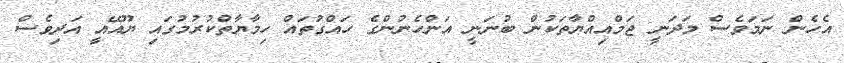
އެހެން ނަމަވެސް މަދަނީ ޖަމްއިއްޔާތަކުން ބުނަނީ އަންހެނުންގެ ހައްގުތައް ހިމާޔާތްކުރުމުގައި ޔޫއޭއީ އަދިވެސް